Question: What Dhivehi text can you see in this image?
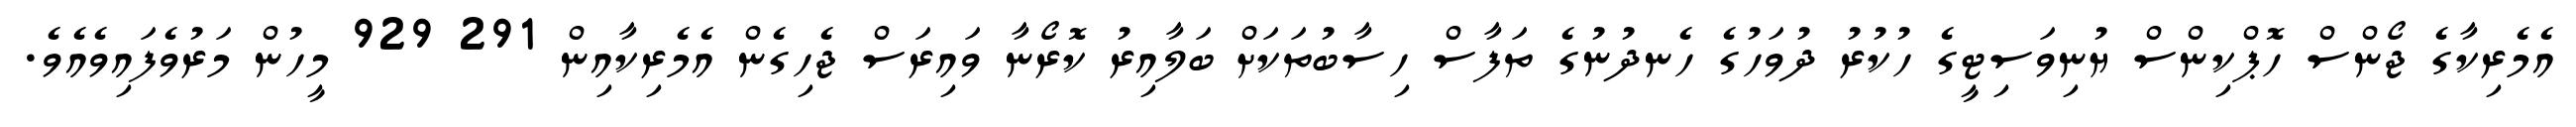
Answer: އެމެރިކާގެ ޖޯންސް ހޮޕްކިންސް ޔުނިވަސިޓީގެ ހުކުރު ދުވަހުގެ ހެނދުނުގެ ތަފާސް ހިސާބުތަކަށް ބަލާއިރު ކޮރޯނާ ވައިރަސް ޖެހިގެން އެމެރިކާއިން 291 929 މީހުން މަރުވެފައިވެއެވެ.